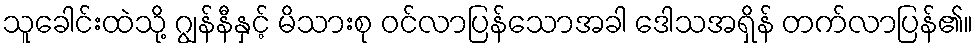
သူခေါင်းထဲသို့ ဂျွန်နီနှင့် မိသားစု ဝင်လာပြန်သောအခါ ဒေါသအရှိန် တက်လာပြန်၏။